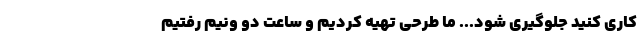
کاری کنید جلوگیری شود... ما طرحی تهیه کردیم و ساعت دو ونیم رفتیم